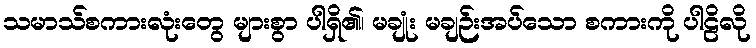
သမာသ်စကားလုံးတွေ များစွာ ပါရှိ၏၊ မချုံး မချဉ်းအပ်သော စကားကို ပါဠိလို